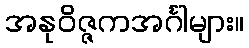
အနုဝိဇ္ဇကအင်္ဂါများ။